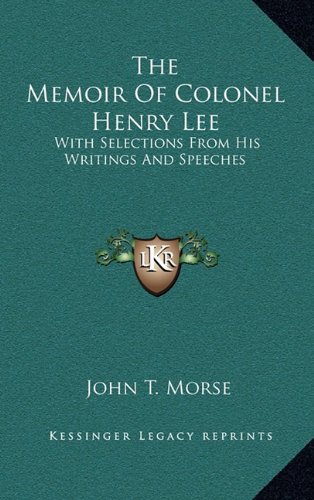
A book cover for The Memoir Of Colonel Henry Lee: With Selections From His Writings And Speeches; John T. Morse; Literature & Fiction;